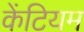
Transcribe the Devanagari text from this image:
केंटियम